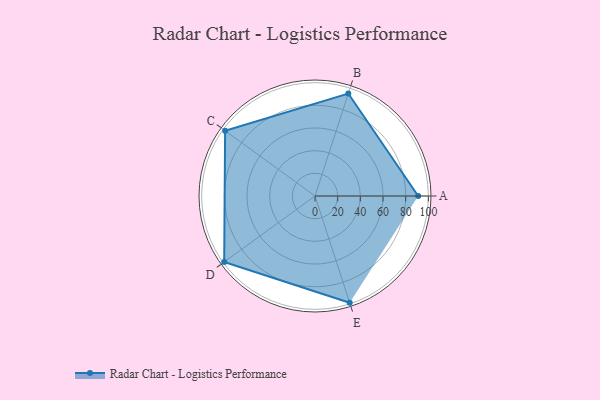
{"axis": {"x": "Skill", "y": "Score"}, "legend": ["Profile"], "data": [{"x": "A", "y": 91.0, "type": "Profile"}, {"x": "B", "y": 95.0, "type": "Profile"}, {"x": "C", "y": 98.0, "type": "Profile"}, {"x": "D", "y": 99, "type": "Profile"}, {"x": "E", "y": 99, "type": "Profile"}]}